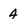
Character: 4